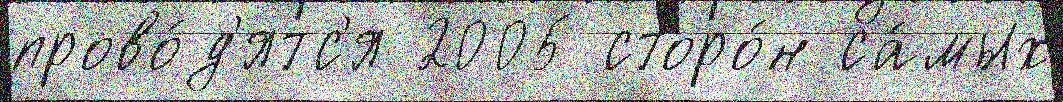
прово́д'ятс'я 2005 сторо́н са́мых